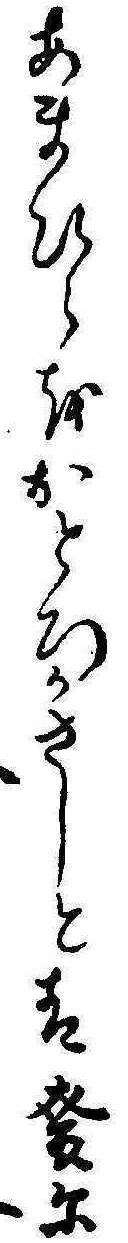
あまひらをおとろかさしと青麦に